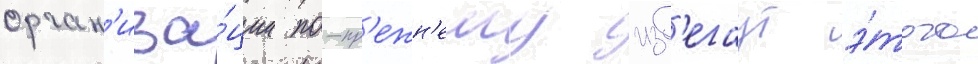
орган'иза́ции по-пр'ежн'ему изб'егаут э́того